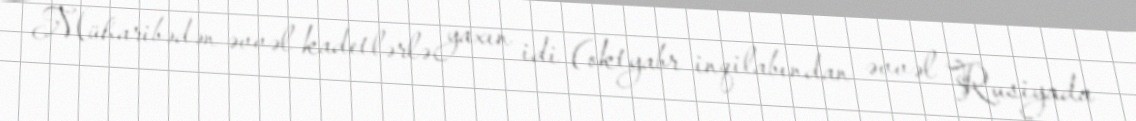
Müharibədən əvvəl kadetlərlə yaxın idi (oktyabr inqilabından əvvəl Rusiyada